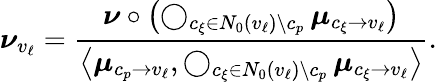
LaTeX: \boldsymbol{\nu}_{v_{\ell}}=\frac{\boldsymbol{\nu}\circ\left(\operatorname*{\bigcirc}_{c_{\xi}\in N_{0}(v_{\ell})\setminus c_{p}}\boldsymbol{\mu}_{c_{\xi}\to v_{\ell}}\right)}{\left\langle\boldsymbol{\mu}_{c_{p}\to v_{\ell}},\operatorname*{\bigcirc}_{c_{\xi}\in N_{0}(v_{\ell})\setminus c_{p}}\boldsymbol{\mu}_{c_{\xi}\to v_{\ell}}\right\rangle}.